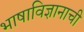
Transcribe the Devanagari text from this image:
भाषाविज्ञानाची